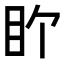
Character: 𬑅